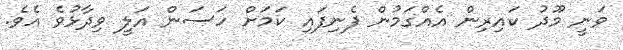
ވަނީ މޫދު ކައިރިން އެއްގަމުން ފެނިފައި ކަމަށް ހަސަން އަލީ ވިދާޅުވެ އެވެ.